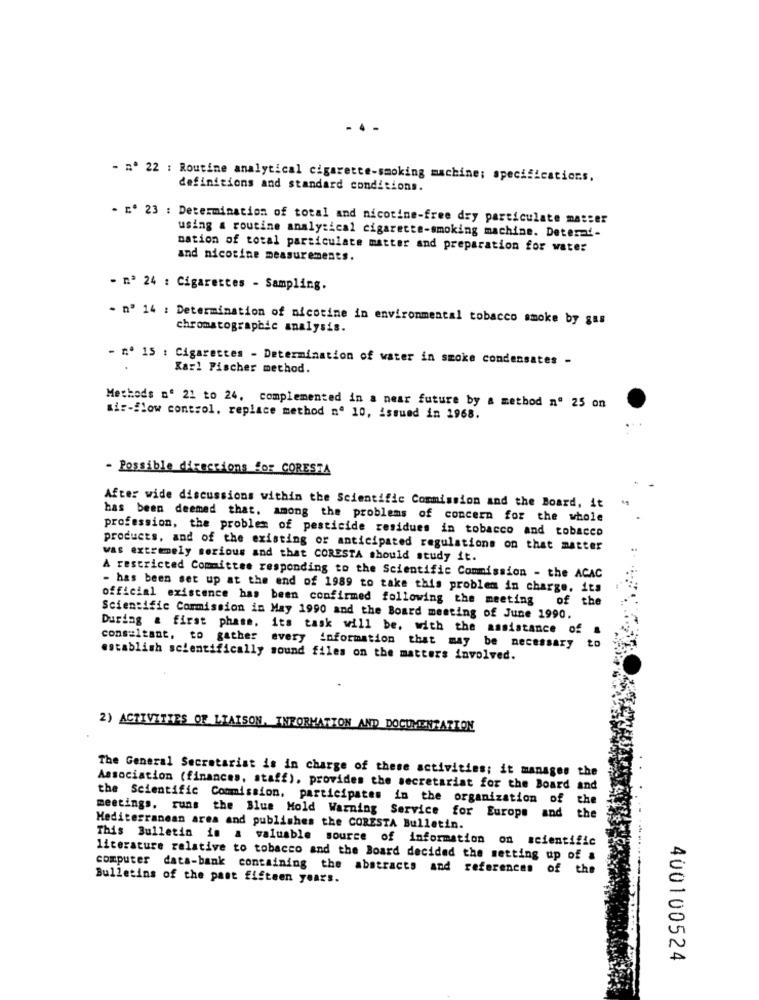
- 4 .
- nº 22 : Routine analytical cigarette-smoking machine: specifications.
definitions and standard conditions.
. E. 23 : Determination of total and nicotine-free dry particulate masser
using a routine analytical cigarette-smoking machine. Deterat-
nation of total particulate matter and preparation for water
and nicotine measurements.
- nº 24 : Cigarettes - Sampling.
- nº 14 : Determination of nicotine in environmental tobacco smoke by gas
chromatographic analysis.
- nº 15 : Cigarettes - Determination of water in smoke condensates -
Karl Fischer method.
Methods nº 21 to 24, complemented in a near future by a method nº 25 on
air-flow control, replace method nº 10, issued in 1968.
- Possible directions for CORESTA
After wide discussions within the Scientific Commission and the Board, it
has been deemed that. among the problems of concern for the whole
profession, the problem of pesticide residues in tobacco and tobacco
products, and of the existing or anticipated regulations on that matter
was extremely serious and that CORESTA should study it.
A restricted Committee responding to the Scientific Commission - the ACAC
- has been set up at the end of 1989 to take this problem in charge. its
official existence has been confirmed following the meeting
of the
Scientific Commission in May 1990 and the Board meeting of June 1990.
During & first phase, its task will be, with the assistance of a
consultant, to gather every information that may be necessary
establish scientifically sound files on the matters involved.
2) ACTIVITIES OF LIAISON. INFORMATION AND DOCUMENTATION
The General Secretariat is in charge of these activities; it manages the
Association (finances, staff), provides the secretariat for the Board and
the Scientific Commission, participates in the organization of the
meetings, runs the Blue Hold Warning Service for Europe and the
Mediterranean area and publishes the CORESTA Bulletin.
This Bulletin in a valuable source of information on scientific
literature relative to tobacco and the Board decided the setting up of a
computer data-bank containing the abstracts and references of the
Bulletins of the past fifteen years.
400100524